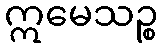
ဣမေသဉ္စ